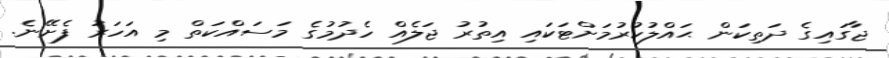
ޖާގައިގެ ދަތިކަން ޙައްލުކުރުމަށްޓަކައި އިތުރު ޖަލެއް ހެދުމުގެ މަސައްކަތް މި އަހަރު ފެށޭނެ.